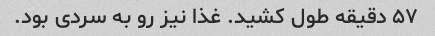
۵۷ دقیقه طول کشید. غذا نیز رو به سردی بود.